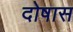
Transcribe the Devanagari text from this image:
दोषास